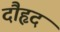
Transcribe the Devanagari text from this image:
दौहृद